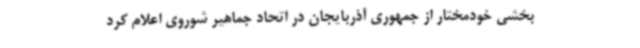
بخشی خودمختار از جمهوری آذربایجان در اتحاد جماهیر شوروی اعلام کرد